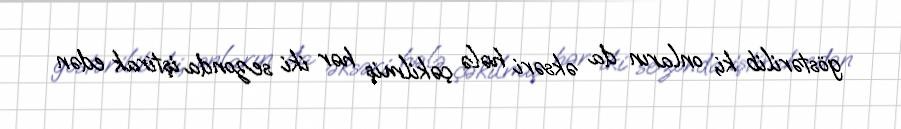
göstərilib ki, onların da əksəri hələ çəkilmiş hər iki sezonda iştirak edən